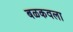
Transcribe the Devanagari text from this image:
बळकवला